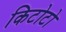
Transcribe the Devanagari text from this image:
किटोटो